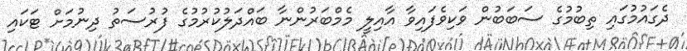
ދެގައުމުގައި ތިބުމުގެ ސަބަބުން ވަކިވެފައިވާ އާއިލީ މެމްބަރުންނާ ބައްދަލުކުރުމުގެ ފުރުސަތު ދިނުމަށް ޓަކައި